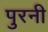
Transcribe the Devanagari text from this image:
पुरनी